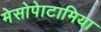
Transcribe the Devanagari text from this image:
मेसोपेाटामिया